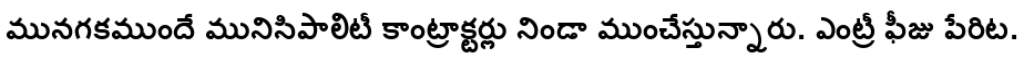
మునగకముందే మునిసిపాలిటీ కాంట్రాక్టర్లు నిండా ముంచేస్తున్నారు. ఎంట్రీ ఫీజు పేరిట.